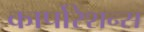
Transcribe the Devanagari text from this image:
कार्पोरेशन्स